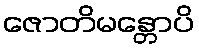
ဇောတိမန္တောပိ